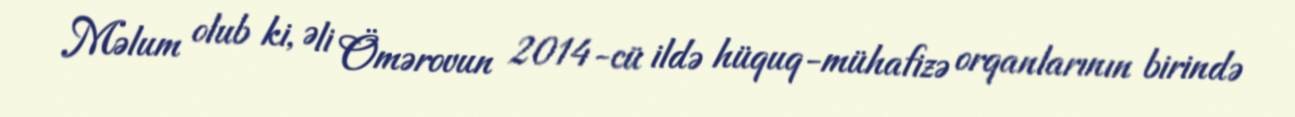
Məlum olub ki, Əli Ömərovun 2014-cü ildə hüquq-mühafizə orqanlarının birində